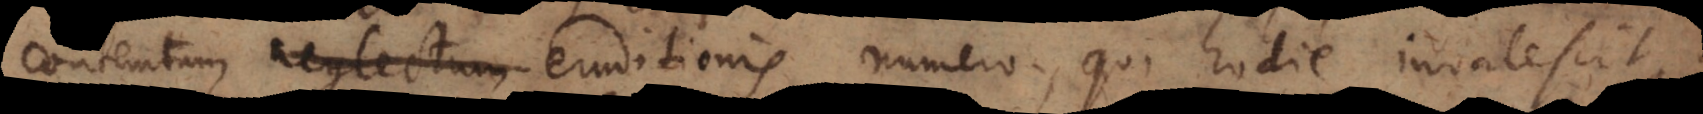
m neglectum eruditionis numero, qui hodie invalescit